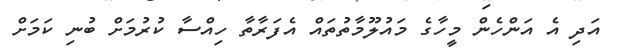
އަދި އެ އަންހެން މީހާގެ މައުލޫމާތުތައް އެފަރާތާ ހިއްސާ ކުރުމަށް ބުނި ކަމަށް